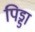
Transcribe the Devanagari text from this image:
पिड्डा